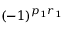
( - 1 ) ^ { p _ { 1 } r _ { 1 } }